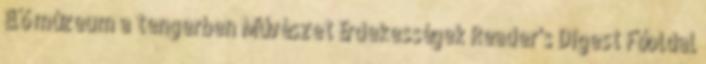
Élő múzeum a tengerben Művészet Érdekességek Reader's Digest Főoldal